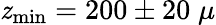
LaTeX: \mathit{z}_{\mathrm{{min}}}=200\pm20\; \mu